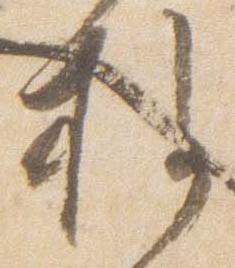
権